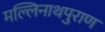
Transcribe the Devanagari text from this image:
मल्लिनाथपुराण